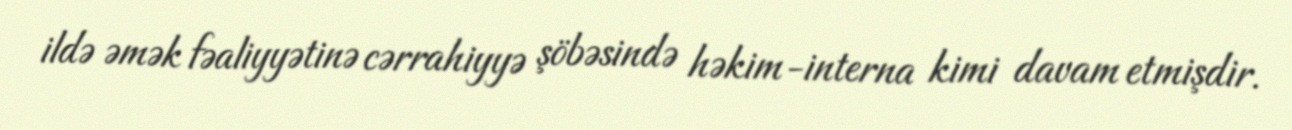
ildə əmək fəaliyyətinə cərrahiyyə şöbəsində həkim-interna kimi davam etmişdir.